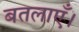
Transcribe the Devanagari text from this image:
बतलाएँ।